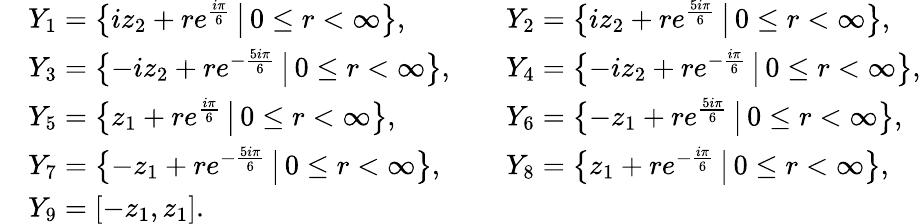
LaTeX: \begin{array}{rlrl}&{Y_{1}=\bigl\{ iz_{2}+re^{\frac{i\pi}{6}}\, \big|\, 0\leq r<\infty\bigr\} ,}&&{Y_{2}=\bigl\{ iz_{2}+re^{\frac{5i\pi}{6}}\, \big|\, 0\leq r<\infty\bigr\} ,}\\ &{Y_{3}=\bigl\{ -iz_{2}+re^{-\frac{5i\pi}{6}}\, \big|\, 0\leq r<\infty\bigr\} ,}&&{Y_{4}=\bigl\{ -iz_{2}+re^{-\frac{i\pi}{6}}\, \big|\, 0\leq r<\infty\bigr\} ,}\\ &{Y_{5}=\bigl\{ z_{1}+re^{\frac{i\pi}{6}}\, \big|\, 0\leq r<\infty\bigr\} ,}&&{Y_{6}=\bigl\{ -z_{1}+re^{\frac{5i\pi}{6}}\, \big|\, 0\leq r<\infty\bigr\} ,}\\ &{Y_{7}=\bigl\{ -z_{1}+re^{-\frac{5i\pi}{6}}\, \big|\, 0\leq r<\infty\bigr\} ,}&&{Y_{8}=\bigl\{ z_{1}+re^{-\frac{i\pi}{6}}\, \big|\, 0\leq r<\infty\bigr\} ,}\\ &{Y_{9}=[-z_{1},z_{1}].}\end{array}